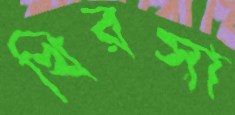
খিরসা